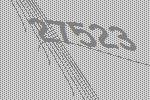
27523